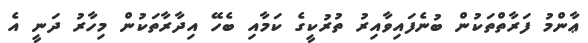
ޢާންމު ފަރާތްތަކުން ބުނެފައިވާއިރު ތުރުކީގެ ކަމާއި ބެހޭ އިދާރާތަކުން މިހާރު ދަނީ އެ